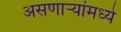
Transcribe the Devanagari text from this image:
असणाऱ्यांमध्ये